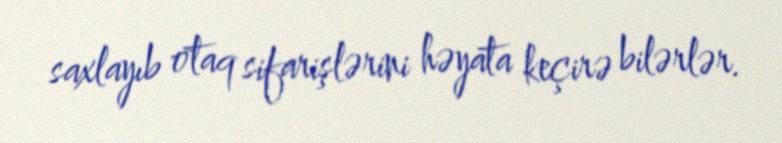
saxlayıb otaq sifarişlərini həyata keçirə bilərlər.